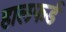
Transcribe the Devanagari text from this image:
हालफर्ड